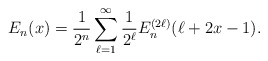
\begin{align*}E_{n}(x) = \frac{1}{2^{n}} \sum_{\ell=1}^{\infty} \frac{1}{2^{\ell}} E_{n}^{(2 \ell)}( \ell + 2x - 1).\end{align*}